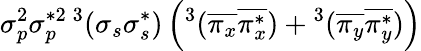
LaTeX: \sigma_{p}^{2}\sigma_{p}^{*2}{}\, ^{3}(\sigma_{s}\sigma_{s}^{*})\left(^3(\overline{{\pi_{x}}}\overline{{\pi_{x}^{*}}})+{}^{3}(\overline{{\pi_{y}}}\overline{{\pi_{y}^{*}}})\right)